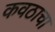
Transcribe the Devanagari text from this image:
कवठाचा